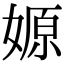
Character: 嫄